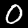
Label: 0